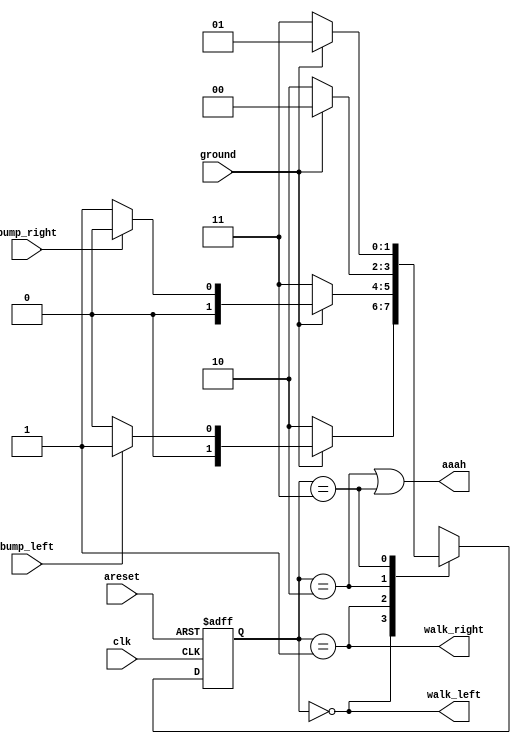
module top_module(

    input clk,

    input areset,    

    input bump_left,

    input bump_right,

    input ground,

    output walk_left,

    output walk_right,

    output aaah ); 



    parameter LEFT=0, RIGHT=1,FALLING_LEFT=2,FALLING_RIGHT=3;

    reg [1:0] state, next_state;

    

    always @(*) begin

        case(state)

            LEFT:           next_state=(~ground)   ?    FALLING_LEFT   : ((bump_left)?RIGHT:LEFT);

            RIGHT:          next_state=(~ground)   ?    FALLING_RIGHT  : ((bump_right )?LEFT:RIGHT);  

            FALLING_LEFT:   next_state=(ground)    ?    LEFT           : FALLING_LEFT;

            FALLING_RIGHT:  next_state=(ground)    ?    RIGHT          : FALLING_RIGHT;

        endcase

    end



    always @(posedge clk, posedge areset) begin

        if(areset)

            state<=LEFT;

        else

            state<=next_state;

    end

            

    assign walk_left=(state==LEFT);

    assign walk_right=(state==RIGHT);

    assign aaah=(state==FALLING_LEFT || state==FALLING_RIGHT);

                

endmodule